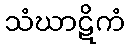
သံဃာဋိကံ